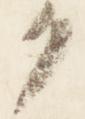
ク